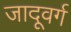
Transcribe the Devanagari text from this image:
जादूवर्ग